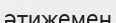
әтижемен